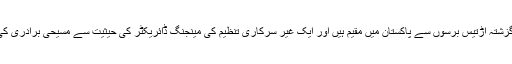
ستر سالہ برجیٹا ایمی کا تعلق سویڈن سے ہے اور وہ گزشتہ اڑتیس برسوں سے پاکستان میں مقیم ہیں اور ایک غیر سرکاری تنظیم کی مینجنگ ڈائریکٹر کی حیثیت سے مسیحی برادری کی لڑکیوں کی تعلیم اور بہبود کے لیے کام کر رہی ہیں۔